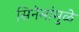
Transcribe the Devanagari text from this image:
सिनेमांमुळे